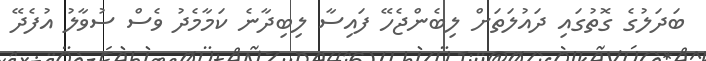
ބަދަލުގެ ގޮތުގައި ދައުލަތަށް ލިބެންޖެހޭ ފައިސާ ލިބިދާނެ ކަމާމެދު ވެސް ސުވާލު އުފެދޭ